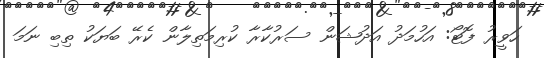
ހަވީރު ފޮޓޯ: އަހުމަދު އަދުޝަން ސަރުކާރާ ކުރިމަތިލާން ކެރޭ ބަޔަކު ތިބި ނަމަ